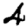
Digit: 4